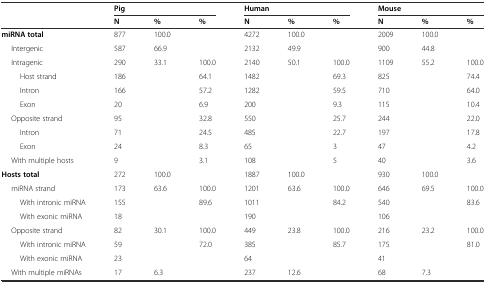
<table><thead><tr><td></td><td colspan="3"><b>Pig</b></td><td colspan="3"><b>Human</b></td><td colspan="3"><b>Mouse</b></td></tr><tr><td></td><td><b>N</b></td><td><b>%</b></td><td><b>%</b></td><td><b>N</b></td><td><b>%</b></td><td><b>%</b></td><td><b>N</b></td><td><b>%</b></td><td><b>%</b></td></tr></thead><tbody><tr><td><b>miRNA total</b></td><td>877</td><td>100.0</td><td></td><td>4272</td><td>100.0</td><td></td><td>2009</td><td>100.0</td><td></td></tr><tr><td>Intergenic</td><td>587</td><td>66.9</td><td></td><td>2132</td><td>49.9</td><td></td><td>900</td><td>44.8</td><td></td></tr><tr><td>Intragenic</td><td>290</td><td>33.1</td><td>100.0</td><td>2140</td><td>50.1</td><td>100.0</td><td>1109</td><td>55.2</td><td>100.0</td></tr><tr><td>Host strand</td><td>186</td><td></td><td>64.1</td><td>1482</td><td></td><td>69.3</td><td>825</td><td></td><td>74.4</td></tr><tr><td>Intron</td><td>166</td><td></td><td>57.2</td><td>1282</td><td></td><td>59.5</td><td>710</td><td></td><td>64.0</td></tr><tr><td>Exon</td><td>20</td><td></td><td>6.9</td><td>200</td><td></td><td>9.3</td><td>115</td><td></td><td>10.4</td></tr><tr><td>Opposite strand</td><td>95</td><td></td><td>32.8</td><td>550</td><td></td><td>25.7</td><td>244</td><td></td><td>22.0</td></tr><tr><td>Intron</td><td>71</td><td></td><td>24.5</td><td>485</td><td></td><td>22.7</td><td>197</td><td></td><td>17.8</td></tr><tr><td>Exon</td><td>24</td><td></td><td>8.3</td><td>65</td><td></td><td>3</td><td>47</td><td></td><td>4.2</td></tr><tr><td>With multiple hosts</td><td>9</td><td></td><td>3.1</td><td>108</td><td></td><td>5</td><td>40</td><td></td><td>3.6</td></tr><tr><td><b>Hosts total</b></td><td>272</td><td>100.0</td><td></td><td>1887</td><td>100.0</td><td></td><td>930</td><td>100.0</td><td></td></tr><tr><td>miRNA strand</td><td>173</td><td>63.6</td><td>100.0</td><td>1201</td><td>63.6</td><td>100.0</td><td>646</td><td>69.5</td><td>100.0</td></tr><tr><td>With intronic miRNA</td><td>155</td><td></td><td>89.6</td><td>1011</td><td></td><td>84.2</td><td>540</td><td></td><td>83.6</td></tr><tr><td>With exonic miRNA</td><td>18</td><td></td><td></td><td>190</td><td></td><td></td><td>106</td><td></td><td></td></tr><tr><td>Opposite strand</td><td>82</td><td>30.1</td><td>100.0</td><td>449</td><td>23.8</td><td>100.0</td><td>216</td><td>23.2</td><td>100.0</td></tr><tr><td>With intronic miRNA</td><td>59</td><td></td><td>72.0</td><td>385</td><td></td><td>85.7</td><td>175</td><td></td><td>81.0</td></tr><tr><td>With exonic miRNA</td><td>23</td><td></td><td></td><td>64</td><td></td><td></td><td>41</td><td></td><td></td></tr><tr><td>With multiple miRNAs</td><td>17</td><td>6.3</td><td></td><td>237</td><td>12.6</td><td></td><td>68</td><td>7.3</td><td></td></tr></tbody></table>